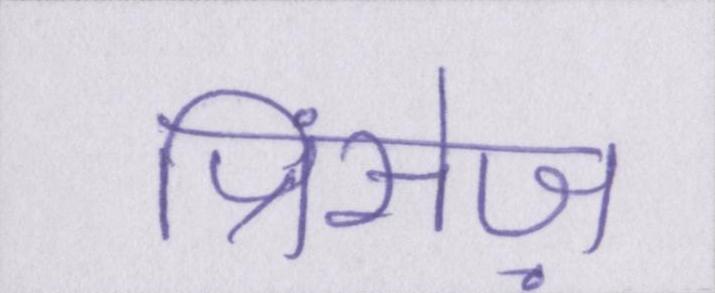
प्रिंसेज़